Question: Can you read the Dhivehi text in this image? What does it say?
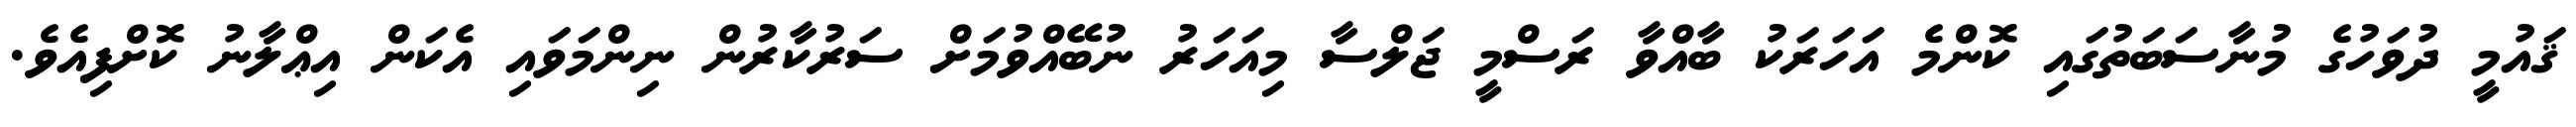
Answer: ޤައުމީ ދުވަހުގެ މުނާސަބަތުގައި ކޮންމެ އަހަރަކު ބާއްވާ ރަސްމީ ޖަލްސާ މިއަހަރު ނުބޭއްވުމަށް ސަރުކާރުން ނިންމަވައި އެކަން އިޢްލާނު ކޮށްފިއެވެ.